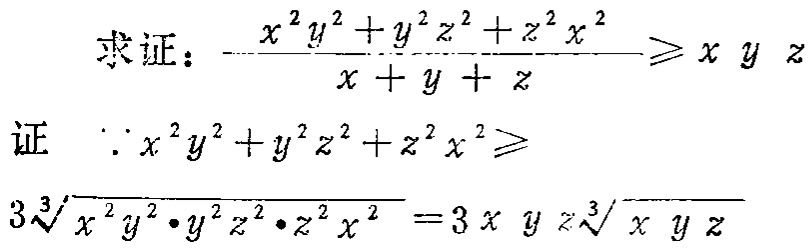
求证：\(\frac{x^{2}y^{2}+y^{2}z^{2}+z^{2}x^{2}}{x + y + z}\geqslant xyz\)
证 \(\because x^{2}y^{2}+y^{2}z^{2}+z^{2}x^{2}\geqslant 3\sqrt[3]{x^{2}y^{2}\cdot y^{2}z^{2}\cdot z^{2}x^{2}} = 3xyz\sqrt[3]{xyz}\)